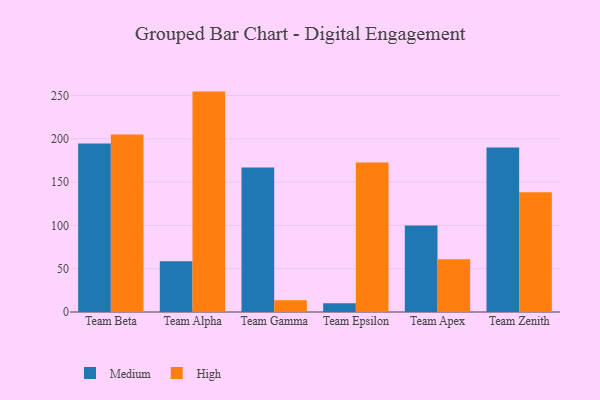
{"axis": {"x": "Team", "y": "Revenue (USD Million)"}, "legend": ["High", "Medium"], "data": [{"x": "Team Beta", "y": 194.6, "type": "Medium"}, {"x": "Team Beta", "y": 205.0, "type": "High"}, {"x": "Team Alpha", "y": 58.5, "type": "Medium"}, {"x": "Team Alpha", "y": 254.5, "type": "High"}, {"x": "Team Gamma", "y": 167.0, "type": "Medium"}, {"x": "Team Gamma", "y": 13.7, "type": "High"}, {"x": "Team Epsilon", "y": 10.0, "type": "Medium"}, {"x": "Team Epsilon", "y": 172.7, "type": "High"}, {"x": "Team Apex", "y": 99.9, "type": "Medium"}, {"x": "Team Apex", "y": 60.9, "type": "High"}, {"x": "Team Zenith", "y": 189.9, "type": "Medium"}, {"x": "Team Zenith", "y": 138.3, "type": "High"}]}